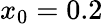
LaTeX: x_{0}=0.2